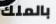
بالملك